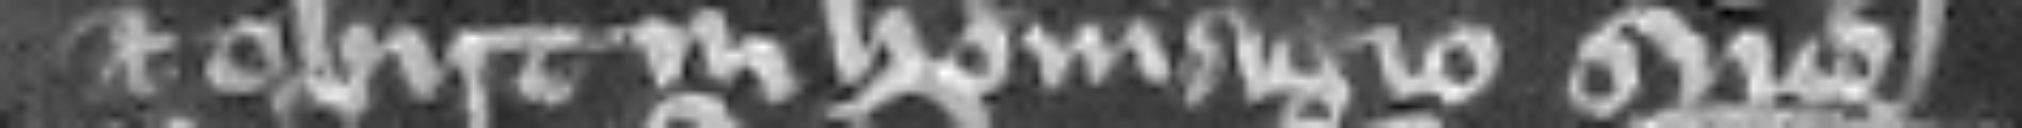
et obiit in homagio suo